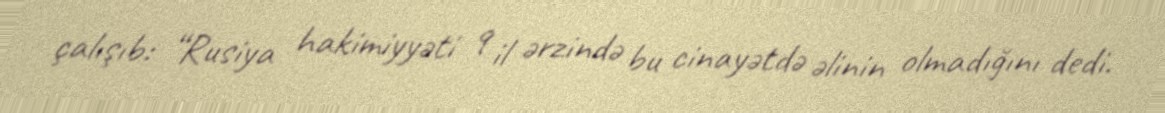
çalışıb: “Rusiya hakimiyyəti 9 il ərzində bu cinayətdə əlinin olmadığını dedi.